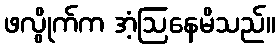
ဖလွိုက်က အံ့ဩနေမိသည်။